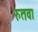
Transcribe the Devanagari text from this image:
रुतवा